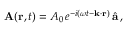
{ \bf A } ( { \bf r } , t ) = A _ { 0 } \, e ^ { - i \left( \omega t - { \bf k } \cdot { \bf r } \right) } \, \hat { { \bf a } } \, ,